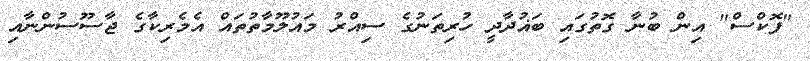
"ފޮކްސް" އިން ބުނާ ގޮތުގައި ބަޣުދާދީ ހުރިތަނުގެ ސިއްރު މައުލޫމާތުތައް އެމެރިކާގެ ޖާސޫސުންނާއި